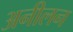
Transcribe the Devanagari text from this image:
अनीलन